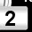
Digit: 2